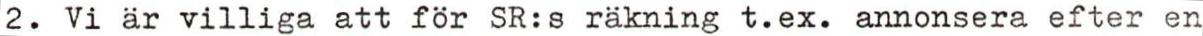
2. Vi är villiga att för SR:s räkning t.ex. annonsera efter en